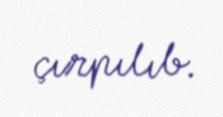
çırpılıb.